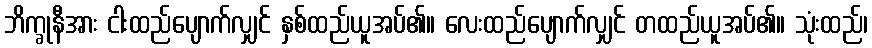
ဘိက္ခုနီအား ငါးထည်ပျောက်လျှင် နှစ်ထည်ယူအပ်၏။ လေးထည်ပျောက်လျှင် တထည်ယူအပ်၏။ သုံးထည်၊